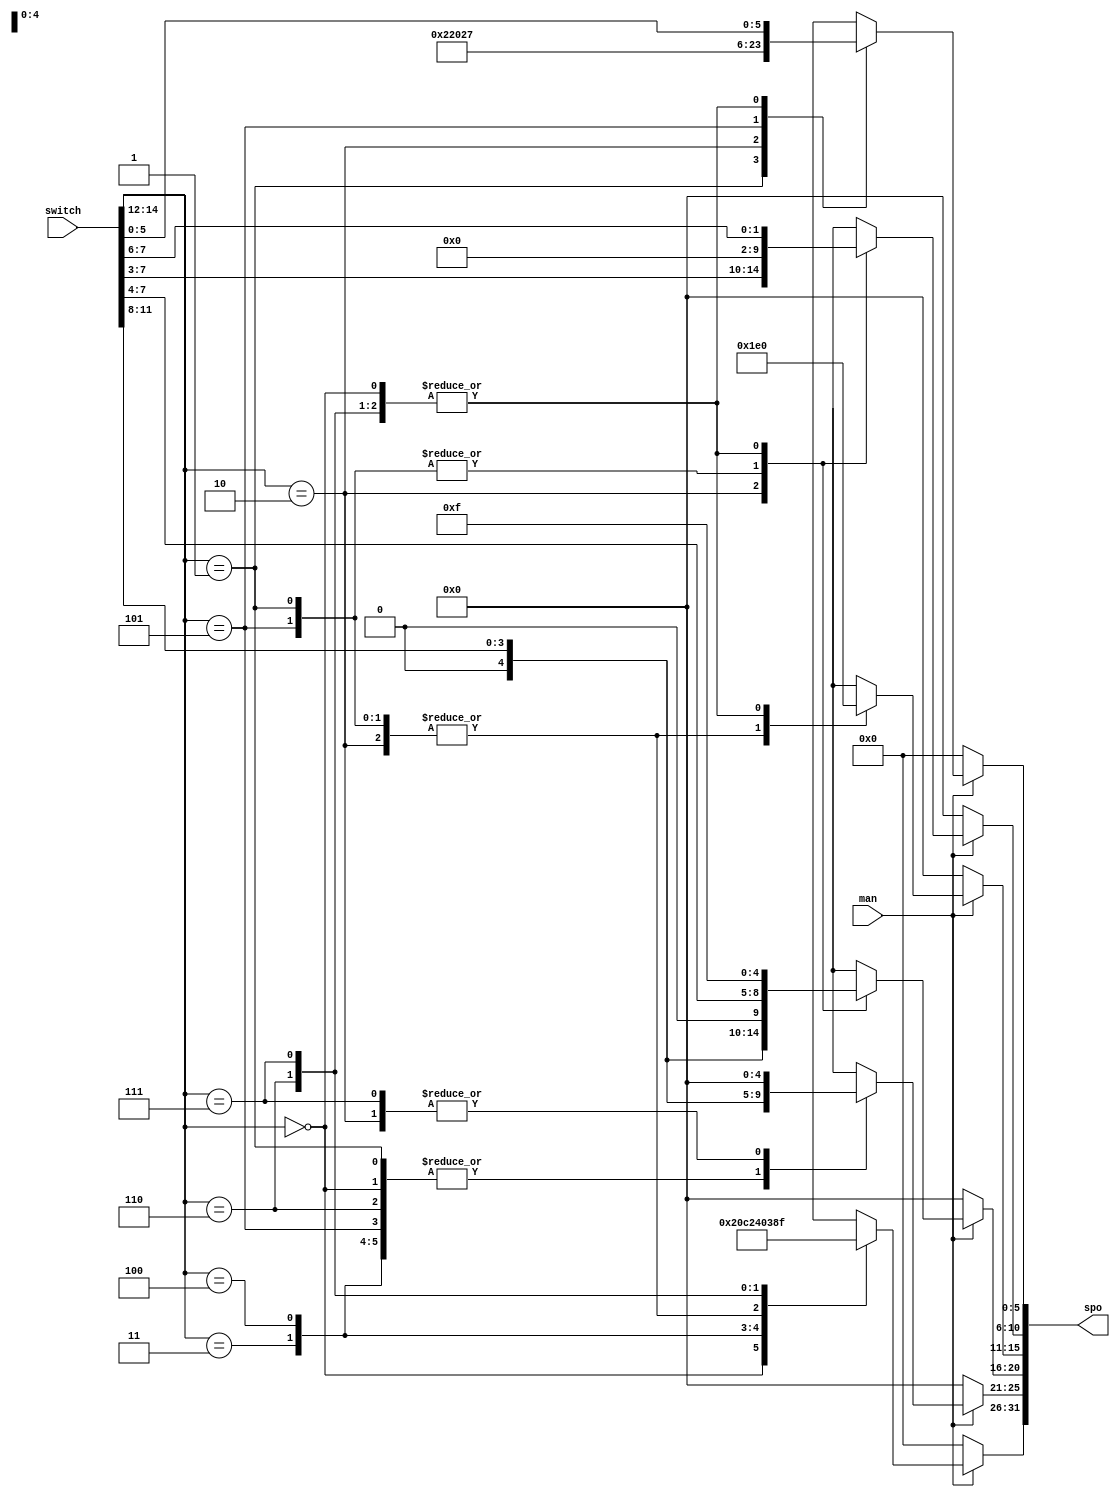
`timescale 1ns / 1ps
//////////////////////////////////////////////////////////////////////////////////
// Company: 
// Engineer: 
// 
// Design Name: 
// Module Name:    control 
// Project Name: 
// Target Devices: 
// Tool versions: 
// Description: 
//
// Dependencies: 
//
// Revision: 
// Revision 0.01 - File Created
// Additional Comments: 
//
//////////////////////////////////////////////////////////////////////////////////
module control(
    input man,
	 input [14:0] switch, 
    output reg[31:0] spo
    );
always@(*)begin
    if(man == 0)
	     spo <= 32'h00000000;
	 else begin
	     case(switch[14:12])
		      3'b000: begin //addi
				    spo[31:26] <= 6'b001000; 
					 spo[25:21] <= switch[11:8];
					 spo[20:16] <= 5'b01111;
					 spo[15:0] <= switch[7:0];
					 end
				3'b001: begin //
				    spo[31:26] <= 6'b000000;
					 spo[25:21] <= switch[11:8];
					 spo[20:16] <= switch[7:4];
					 spo[15:0] <= 16'b0111100000100010;
				    end
				3'b010: begin //
				    spo[31:26] <= 6'b000000;
					 spo[25:21] <= 5'b00000;
					 spo[20:16] <= switch[11:8];
		          spo[15:11] <= 5'b01111;
					 spo[10:6] <= switch[7:3];
					 spo[5:0] <= 6'b000000;
				    end
				3'b011: begin //ANDI
				    spo[31:26] <= 6'b001100;
					 spo[25:21] <= switch[11:8];
					 spo[20:16] <= 5'b01111;
					 spo[15:0] <= switch[7:0];
				    end
				3'b100: begin //ORI
				    spo[31:26] <= 6'b001001;
					 spo[25:21] <= switch[11:8];
					 spo[20:16] <= 5'b01111;
					 spo[15:0] <= switch[7:0];
				    end
				3'b101: begin //NOR
				    spo[31:26] <= 6'b000000;
					 spo[25:21] <= switch[11:8];
					 spo[20:16] <= switch[7:4];
					 spo[15:0] <= 16'b0111100000100111;
				    end
				3'b110: begin //XORI
				    spo[31:26] <= 6'b001110;
					 spo[25:21] <= switch[11:8];
					 spo[20:16] <= 5'b01111;
					 spo[15:0] <= switch[7:0];
				    end
				3'b111: begin //LUI
				   spo[31:26] <= 6'b001111;
					 spo[25:21] <= 5'b00000;
					 spo[20:16] <= 5'b01111;
					 spo[15:0] <= switch[7:0];
				    end
				default : begin
				    end
			endcase
		end
	     
end



endmodule